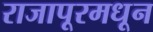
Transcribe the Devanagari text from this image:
राजापूरमधून